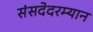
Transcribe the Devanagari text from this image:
संसदेदरम्यान